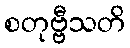
စတုဗ္ဗီသတိ